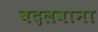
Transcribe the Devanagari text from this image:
बदलवाना